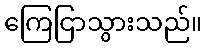
ကြေငြာသွားသည်။